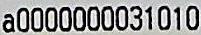
A0000000031010